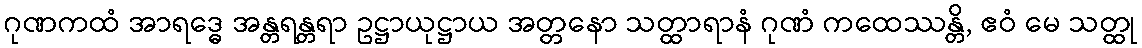
ဂုဏကထံ အာရဒ္ဓေ အန္တရန္တရာ ဥဋ္ဌာယုဋ္ဌာယ အတ္တနော သတ္ထာရာနံ ဂုဏံ ကထေဿန္တိ, ဧဝံ မေ သတ္ထု